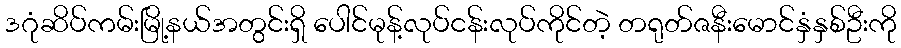
ဒဂုံဆိပ်ကမ်းမြို့နယ်အတွင်းရှိ ပေါင်မုန့်လုပ်ငန်းလုပ်ကိုင်တဲ့ တရုတ်ဇနီးမောင်နှံနှစ်ဦးကို